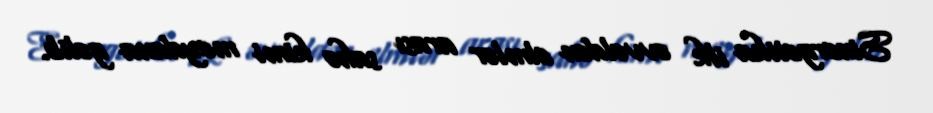
Sinergetika ilk əvvəldən elmlər arası sahə kimi meydana gəlib.